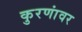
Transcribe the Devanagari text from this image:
कुरणांवर